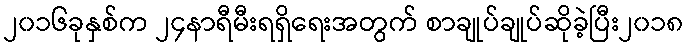
၂၀၁၆ခုနှစ်က ၂၄နာရီမီးရရှိရေးအတွက် စာချုပ်ချုပ်ဆိုခဲ့ပြီး၂၀၁၈